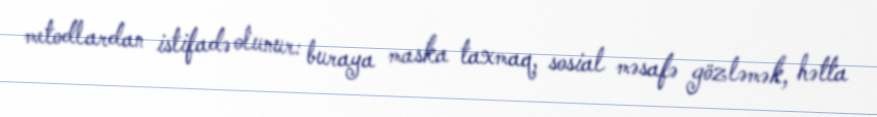
metodlardan istifadə olunur: buraya maska taxmaq, sosial məsafə gözləmək, hətta